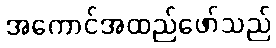
အကောင်အထည်ဖော်သည်